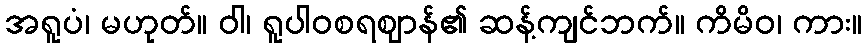
အရူပံ၊ မဟုတ်။ ဝါ၊ ရူပါဝစရဈာန်၏ ဆန့်ကျင်ဘက်။ ကိမိဝ၊ ကား။